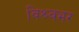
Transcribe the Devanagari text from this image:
विश्र्वभर